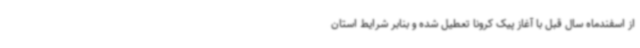
از اسفندماه سال قبل با آغاز پیک کرونا تعطیل شده و بنابر شرایط استان